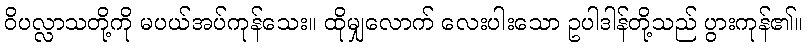
ဝိပလ္လာသတို့ကို မပယ်အပ်ကုန်သေး။ ထိုမျှလောက် လေးပါးသော ဥပါဒါန်တို့သည် ပွားကုန်၏။